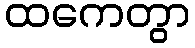
ထကေတွာ